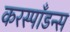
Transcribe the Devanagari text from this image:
करस्‍पाँडन्स